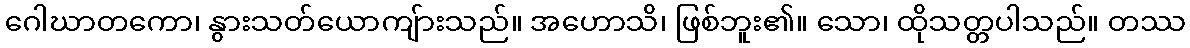
ဂေါဃာတကော၊ နွားသတ်ယောကျ်ားသည်။ အဟောသိ၊ ဖြစ်ဘူး၏။ သော၊ ထိုသတ္တပါသည်။ တဿ